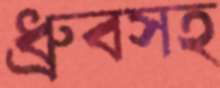
ধ্রুবসহ